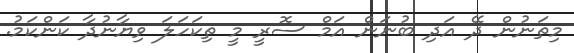
މިތަނުން ދޭ އަދި ބުނަން އަމް ސޮރީ މީ ތިކަހަލަ ވިޔާނުދާ ކަންކަމު.